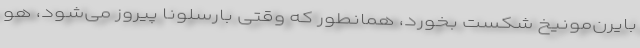
بایرن‌مونیخ شکست بخورد، همانطور که وقتی بارسلونا پیروز می‌شود، هو